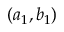
( a _ { 1 } , b _ { 1 } )